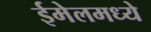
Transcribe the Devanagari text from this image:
ईमेलमध्ये